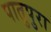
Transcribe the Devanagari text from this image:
पातुपुरा